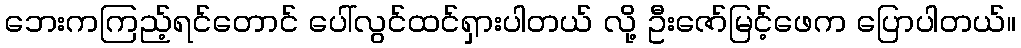
ဘေးကကြည့်ရင်တောင် ပေါ်လွင်ထင်ရှားပါတယ် လို့ ဦးဇော်မြင့်ဖေက ပြောပါတယ်။